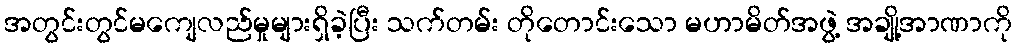
အတွင်းတွင်မကျေလည်မှုများရှိခဲ့ပြီး သက်တမ်း တိုတောင်းသော မဟာမိတ်အဖွဲ့ အချို့အာဏာကို